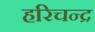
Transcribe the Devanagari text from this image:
हरिचन्द्र